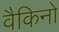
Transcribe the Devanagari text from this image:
वैकिनो